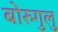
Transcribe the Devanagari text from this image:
बोरुगुलु